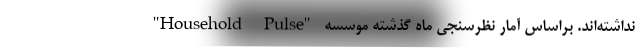
نداشته‌اند. براساس آمار نظرسنجی ماه گذشته موسسه "Household Pulse"